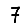
Digit: 7